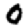
Digit: 0